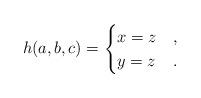
LaTeX: \begin{align*}h(a,b,c) = \begin{cases} x = z& , \\ y = z& .\end{cases}\end{align*}